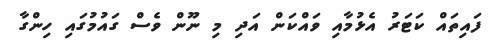
ފައިތައް ކަޓަރު އެޅުމާއި ވައްކަން އަދި މި ނޫން ވެސް ގައުމުގައި ހިންގާ